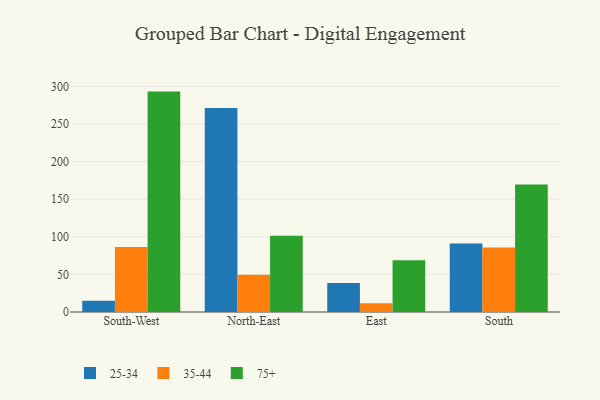
{"axis": {"x": "Region", "y": "Conversion Rate (%)"}, "legend": ["25-34", "35-44", "75+"], "data": [{"x": "South-West", "y": 15.1, "type": "25-34"}, {"x": "South-West", "y": 86.3, "type": "35-44"}, {"x": "South-West", "y": 293.0, "type": "75+"}, {"x": "North-East", "y": 271.2, "type": "25-34"}, {"x": "North-East", "y": 49.4, "type": "35-44"}, {"x": "North-East", "y": 101.4, "type": "75+"}, {"x": "East", "y": 38.7, "type": "25-34"}, {"x": "East", "y": 11.7, "type": "35-44"}, {"x": "East", "y": 68.7, "type": "75+"}, {"x": "South", "y": 91.1, "type": "25-34"}, {"x": "South", "y": 85.7, "type": "35-44"}, {"x": "South", "y": 169.4, "type": "75+"}]}